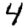
Digit: 4